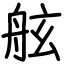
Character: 舷